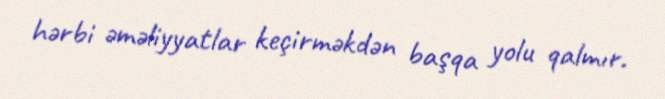
hərbi əməliyyatlar keçirməkdən başqa yolu qalmır.